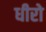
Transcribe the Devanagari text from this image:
धीरो